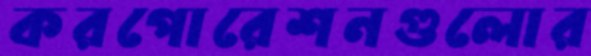
করপোরেশনগুলোর